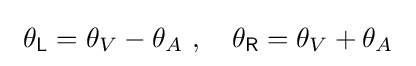
~\theta _{\mathsf {L}}=\theta _{V}-\theta _{A}\ ,\quad \theta _{\mathsf {R}}=\theta _{V}+\theta _{A}~